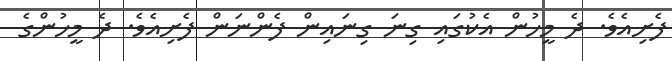
ފެށިއެވެ. ދެ މީހުން އެކުގައި ގިނަ ގިނައިން ފެންނަން ފެށިއެވެ. ދެ މީހުންގެ